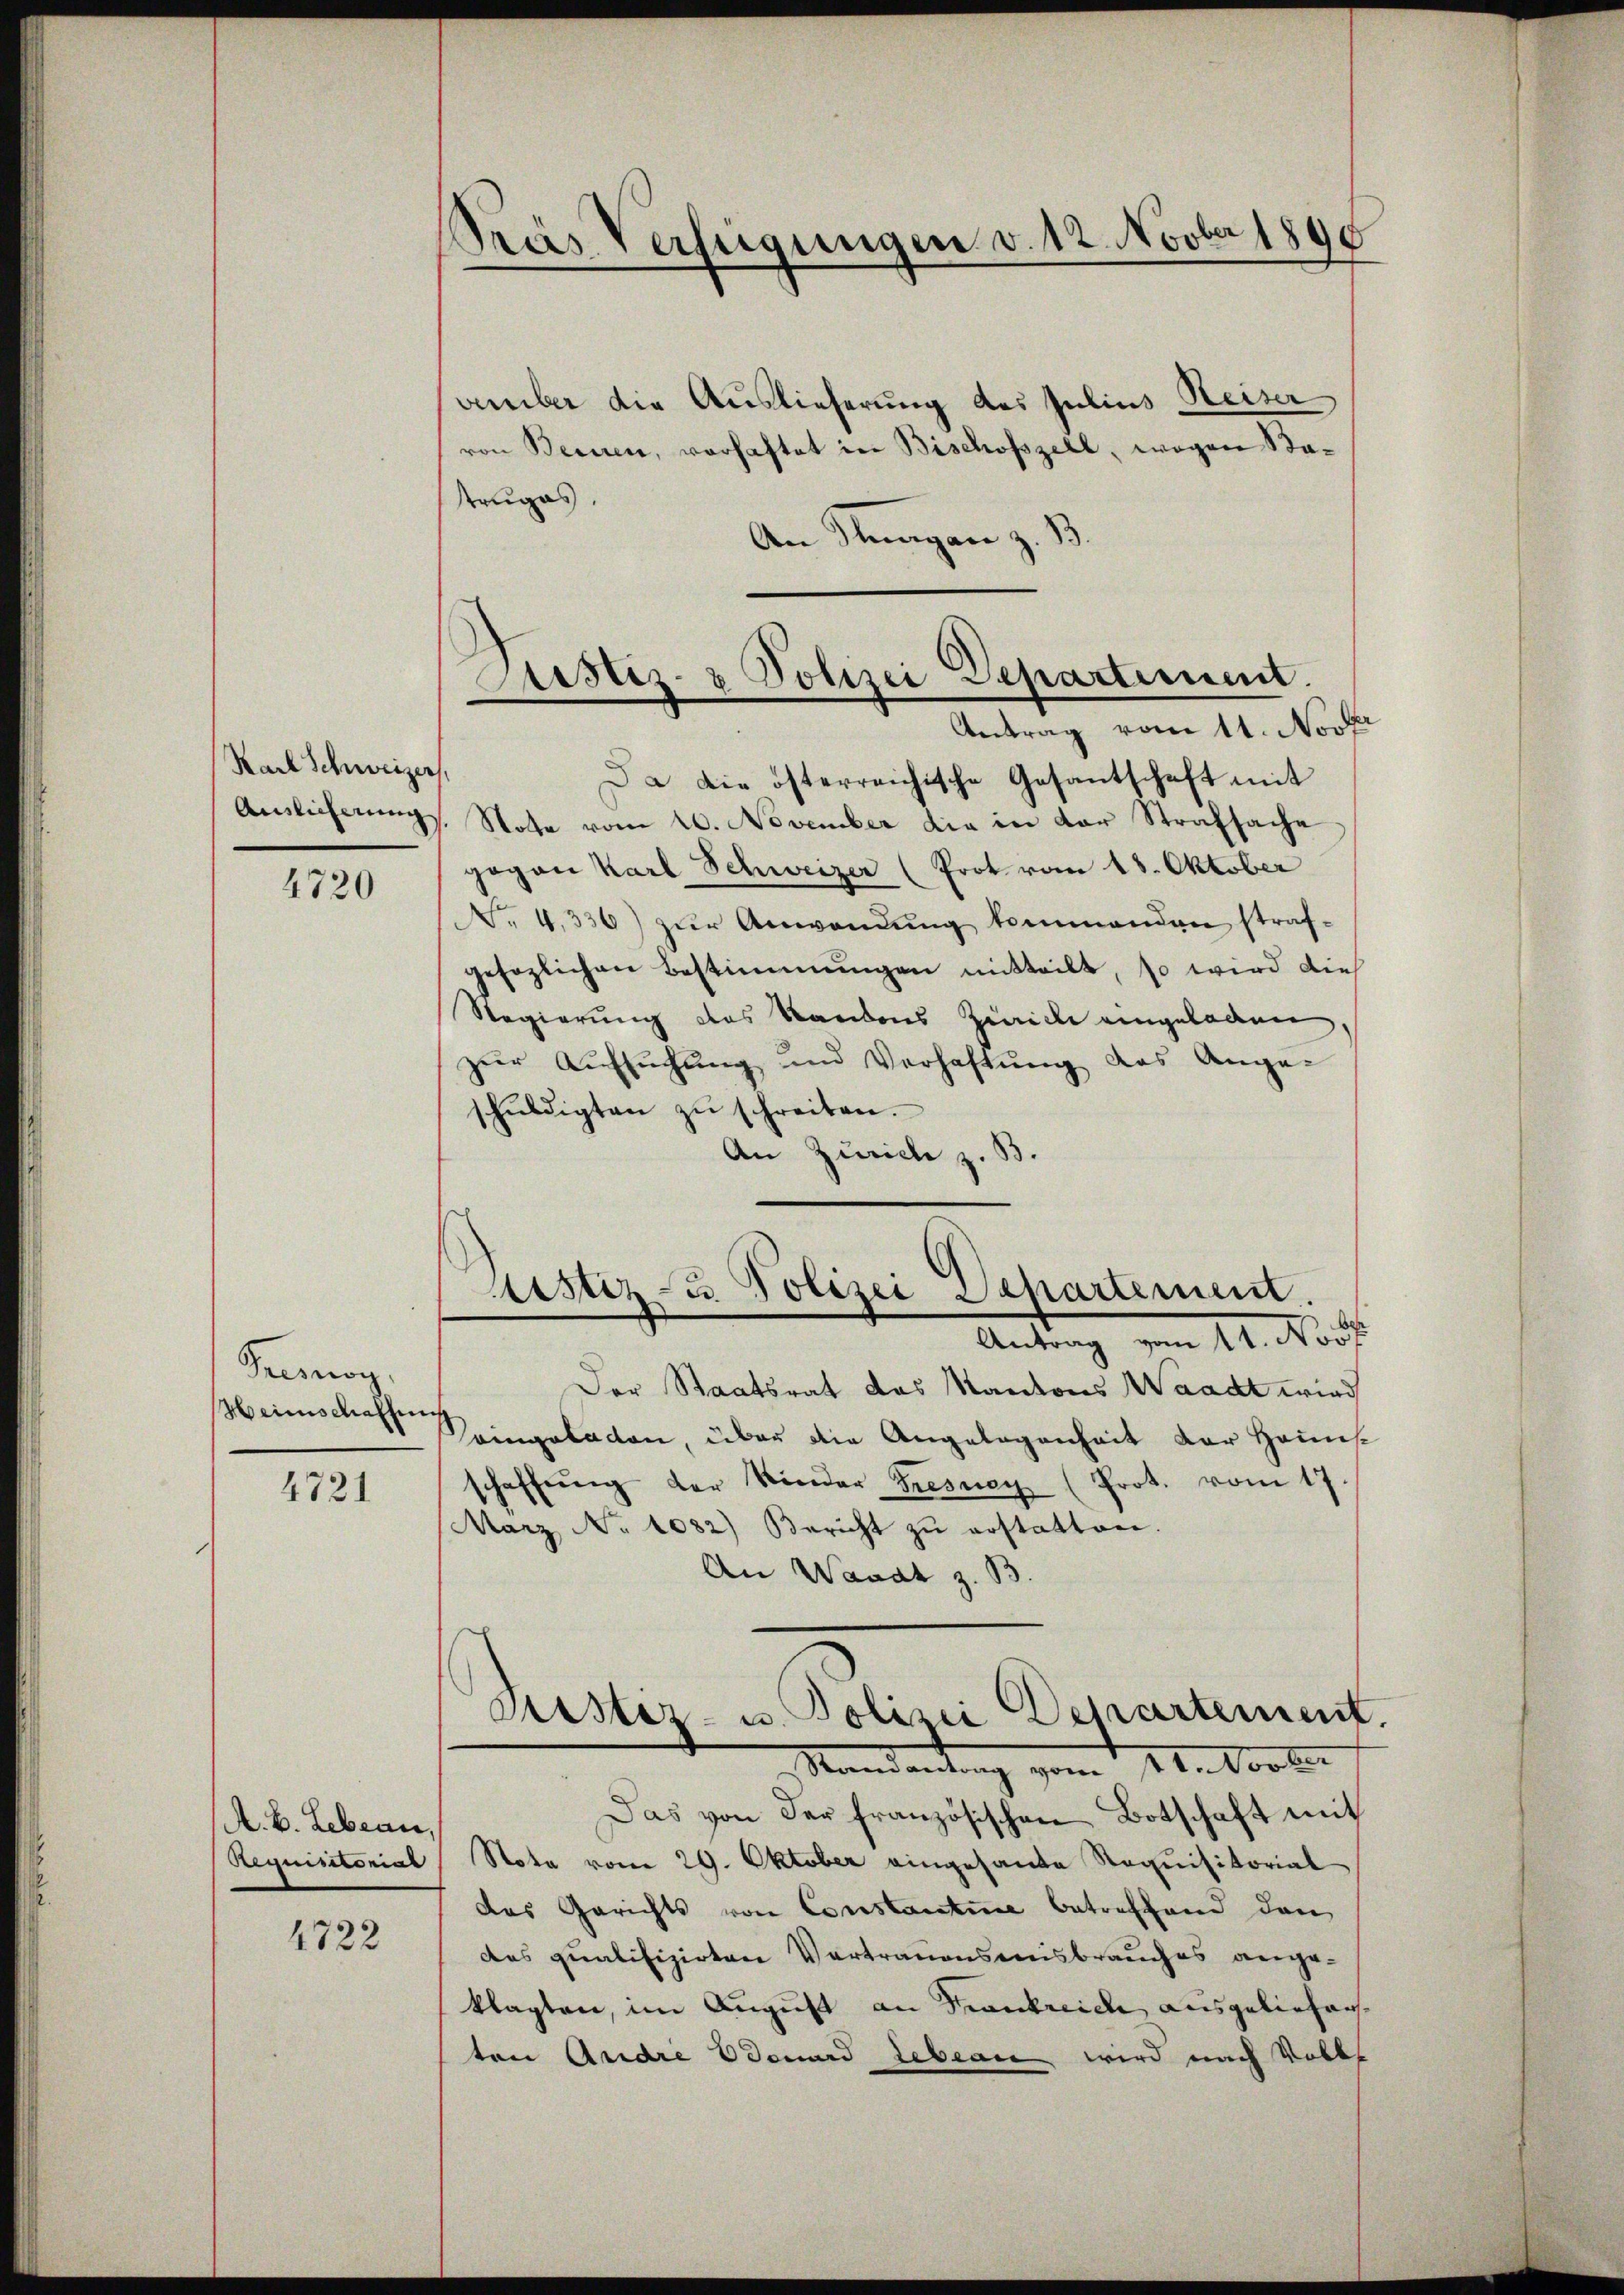
Rach Schweizer.

4720

Presnoy,
Heinischaffung

4721

A. B. Lebean,

4722

Gras Verfügungen v. 12. Novber 1890

vember die Auslieferung des Julius Heiser
von Bernen, vorhaftet in Bischosszell, wegen Satruges.
An Staagan z. B.
Da die österreichische Gesantschaft mit
Anslicherŭng Note vom 20. November die in der Strafsache
gegen Karl Schweizer (Prot vom 18. Oktober
. 4336) zŭr Anwendung kommenden strafgesezlichen Bestimmungen mitteilt, so wird die
Regierung des Kantons Zürich eingeladen
zŭr Aŭfsŭchŭng und Verhaftŭng des Angaschŭldigten zŭ schreiten.
An Zürich z. B.
Eistiz- & Polizei Departement.
Antrag vom 11. Notf
Der Staatsrat das Kantons Waadt wird
eingeladen, über die Angelegenheit der Hauns
schaffŭng der Kinder Fresney (Prot. vom 17.
März No 1082) Bericht zŭ erstatten.
An Waadt z. B.
Sistiz- u. Polizei Departement
Mandantung vom 1ten dortir
Das von der französischen Botschaft mit
Requisitorial Nota vom 29. Oktober eingesandte Requisitorial
das Gerichts von Constantie betreffend den
des qualifizirten Vertrauensereisbrauches angeklagten, im August an Frankreich ausgeliefen.
ten Andre donard Leben wird nach Volks

Sistiz- & Polizei Separtement.
Antrag vom 11. Novk